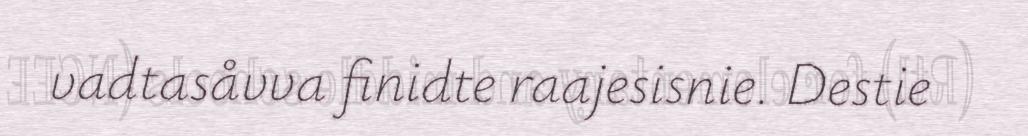
vadtasåvva finidte raajesisnie. Destie